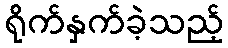
ရိုက်နှက်ခဲ့သည့်